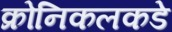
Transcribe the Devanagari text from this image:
क्रोनिकलकडे